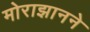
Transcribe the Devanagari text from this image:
मोराझानने